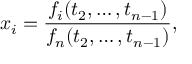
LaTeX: x _ { i } = { \frac { f _ { i } ( t _ { 2 } , \ldots , t _ { n - 1 } ) } { f _ { n } ( t _ { 2 } , \ldots , t _ { n - 1 } ) } } ,